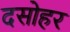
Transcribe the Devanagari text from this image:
दसोहर